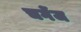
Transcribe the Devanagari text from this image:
चगेंज